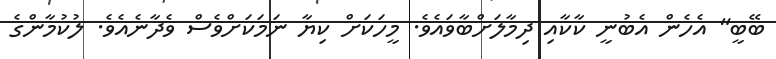
ބޭބީ" އެހެން އެބުނީ ކާކާއި ދިމާލަށްބާވައެވެ. މީހަކަށް ކިޔާ ނަމަކަށްވެސް ވެދާނެއެވެ. ލުކުމާންގެ